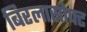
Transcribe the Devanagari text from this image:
बिरलासोफ्ट